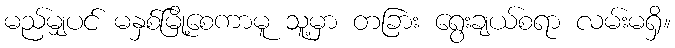
မည်မျှပင် မနှစ်မြို့စေကာမူ သူ့မှာ တခြား ရွေးချယ်စရာ လမ်းမရှိ။